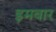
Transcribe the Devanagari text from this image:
इमबार